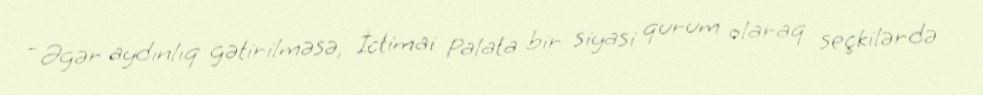
- Əgər aydınlıq gətirilməsə, İctimai Palata bir siyasi qurum olaraq seçkilərdə